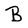
Character: B